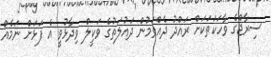
ސިރާޖްގެ ވާހަކަތަކަށް ރައްދު ދެއްވަމުން ދައުލަތުގެ ވަކީލް ވިދާޅުވީ އެ ފަޅަށް ނަމެއް